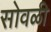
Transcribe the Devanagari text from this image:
सोवळी